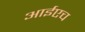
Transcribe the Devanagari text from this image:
आईएच